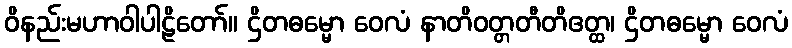
ဝိနည်းမဟာဝါပါဠိတော်။ ဌိတဓမ္မော ဝေလံ နာတိဝတ္တတီတိဧတ္ထ၊ ဌိတဓမ္မော ဝေလံ